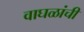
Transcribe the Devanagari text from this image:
वाघळांची